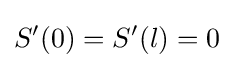
S'(0)=S'(l)=0